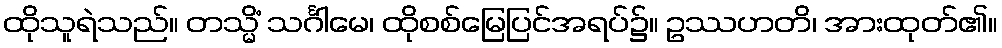
ထိုသူရဲသည်။ တသ္မိံ သင်္ဂါမေ၊ ထိုစစ်မြေပြင်အရပ်၌။ ဥဿဟတိ၊ အားထုတ်၏။